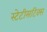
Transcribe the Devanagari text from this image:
स्टेटीसटिक्स